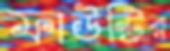
ফাউন্ট্রির